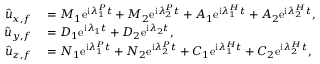
\begin{array} { r l } { \hat { u } _ { x , f } } & { { } = M _ { 1 } \mathrm { e } ^ { \mathrm { i } \lambda _ { 1 } ^ { P } t } + M _ { 2 } \mathrm { e } ^ { \mathrm { i } \lambda _ { 2 } ^ { P } t } + A _ { 1 } \mathrm { e } ^ { \mathrm { i } { \lambda } _ { 1 } ^ { H } t } + A _ { 2 } \mathrm { e } ^ { \mathrm { i } { \lambda } _ { 2 } ^ { H } t } , } \\ { \hat { u } _ { y , f } } & { { } = D _ { 1 } \mathrm { e } ^ { \mathrm { i } \lambda _ { 1 } t } + D _ { 2 } \mathrm { e } ^ { \mathrm { i } \lambda _ { 2 } t } , } \\ { \hat { u } _ { z , f } } & { { } = N _ { 1 } \mathrm { e } ^ { \mathrm { i } \lambda _ { 1 } ^ { P } t } + N _ { 2 } \mathrm { e } ^ { \mathrm { i } \lambda _ { 2 } ^ { P } t } + C _ { 1 } \mathrm { e } ^ { \mathrm { i } { \lambda } _ { 1 } ^ { H } t } + C _ { 2 } \mathrm { e } ^ { \mathrm { i } { \lambda } _ { 2 } ^ { H } t } , } \end{array}